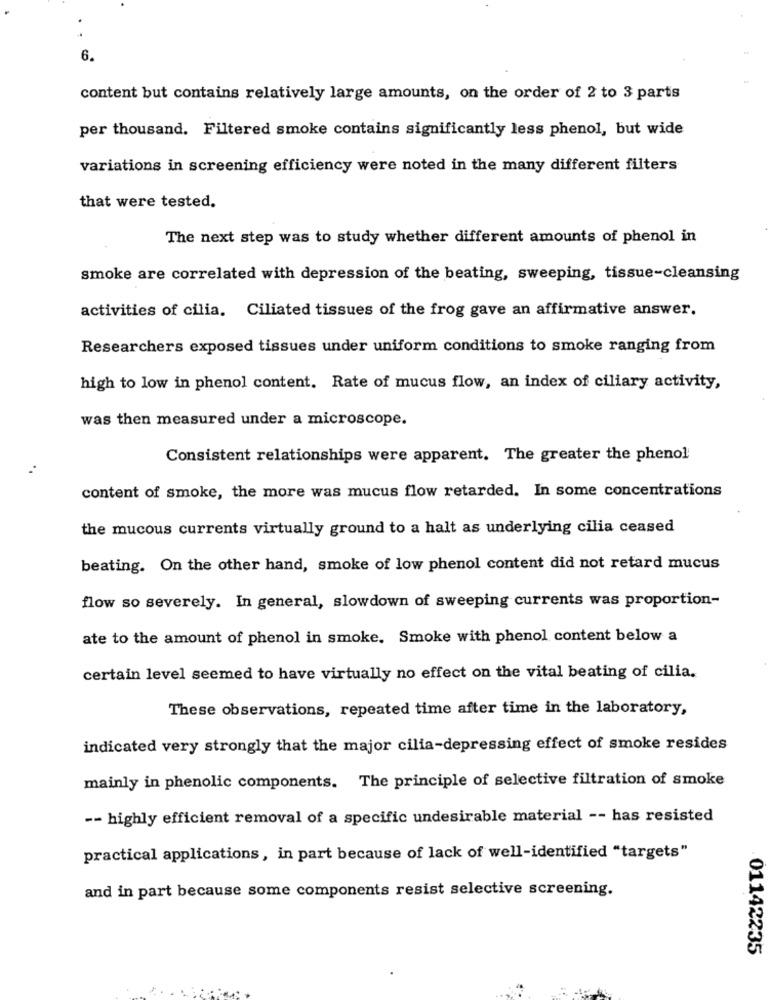
..
6.
content but contains relatively large amounts, on the order of 2 to 3 parts
per thousand. Filtered smoke contains significantly less phenol, but wide
variations in screening efficiency were noted in the many different filters
that were tested.
The next step was to study whether different amounts of phenol in
smoke are correlated with depression of the beating, sweeping, tissue-cleansing
activities of cilia. Ciliated tissues of the frog gave an affirmative answer.
Researchers exposed tissues under uniform conditions to smoke ranging from
high to low in phenol content. Rate of mucus flow, an index of ciliary activity,
was then measured under a microscope.
Consistent relationships were apparent. The greater the phenol
content of smoke, the more was mucus flow retarded. In some concentrations
the mucous currents virtually ground to a halt as underlying cilia ceased
beating. On the other hand, smoke of low phenol content did not retard mucus
flow so severely. In general, slowdown of sweeping currents was proportion-
ate to the amount of phenol in smoke. Smoke with phenol content below a
certain level seemed to have virtually no effect on the vital beating of cilia.
These observations, repeated time after time in the laboratory,
indicated very strongly that the major cilia-depressing effect of smoke resides
mainly in phenolic components. The principle of selective filtration of smoke
-- highly efficient removal of a specific undesirable material -- has resisted
practical applications, in part because of lack of well-identified "targets"
and in part because some components resist selective screening.
01142235